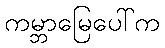
ကမ္ဘာမြေပေါ်က